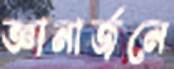
জ্ঞানার্জনে